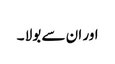
اور ان سے بولا ۔